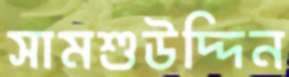
সামশুউদ্দিন